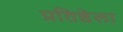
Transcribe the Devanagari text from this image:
प्रतिष्ठेला